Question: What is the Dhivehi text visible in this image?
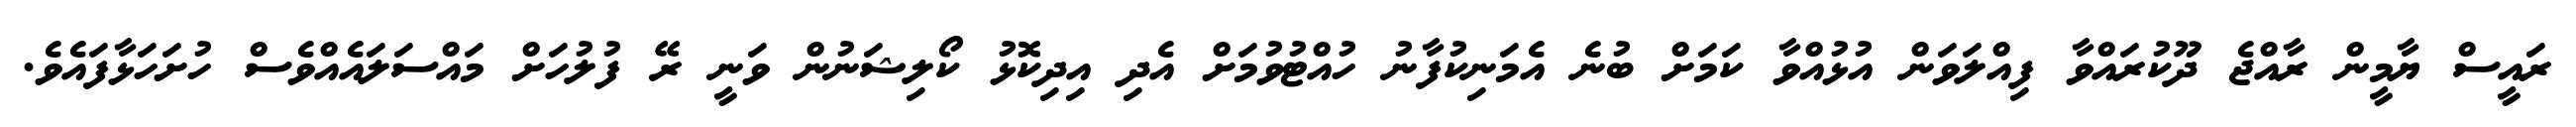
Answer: ރައީސް ޔާމީން ރާއްޖެ ދޫކުރައްވާ ފިއްލަވަން އުޅުއްވާ ކަމަށް ބުނެ އެމަނިކުފާނު ހުއްޓުވުމަށް އެދި އިދިކޮޅު ކޯލިޝަނުން ވަނީ ރޭ ފުލުހަށް މައްސަލައެއްވެސް ހުށަހަޅާފައެވެ.